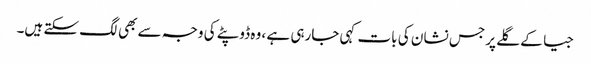
جیا کے گلے پر جس نشان کی بات کہی جارہی ہے ، وہ ڈوپٹے کی وجہ سے بھی لگ سکتے ہیں۔